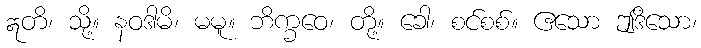
ဣတိ၊ သို့။ နဝဒါမိ၊ မမူ။ ဘိက္ခဝေ၊ တို့။ ခေါ၊ စင်စစ်။ ဧသော ဤဒိသော၊